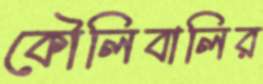
কৌলিবালির